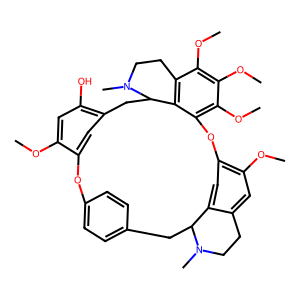
SMILES: COc1cc(O)c2cc1Oc1ccc(cc1)CC1c3cc(c(OC)cc3CCN1C)Oc1c(OC)c(OC)c(OC)c3c1C(C2)N(C)CC3
Inhibits HIV replication: No